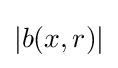
\textstyle |b(x,r)|